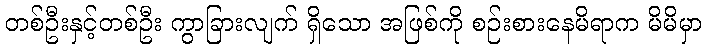
တစ်ဦးနှင့်တစ်ဦး ကွာခြားလျက် ရှိသော အဖြစ်ကို စဉ်းစားနေမိရာက မိမိမှာ